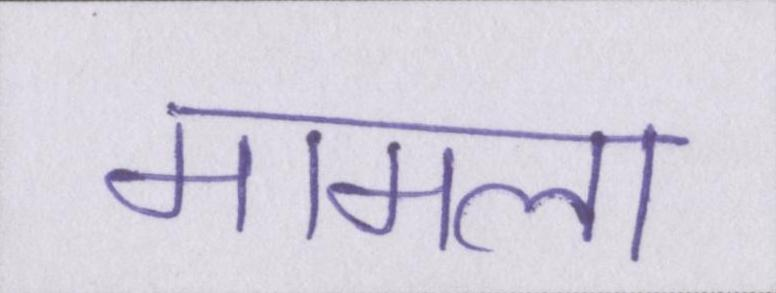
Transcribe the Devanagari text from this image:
मामला